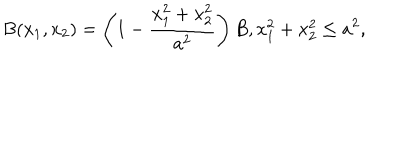
B ( x _ { 1 } , x _ { 2 } ) = \left( 1 - \frac { x _ { 1 } ^ { 2 } + x _ { 2 } ^ { 2 } } { a ^ { 2 } } \right) B , x _ { 1 } ^ { 2 } + x _ { 2 } ^ { 2 } \le a ^ { 2 } ,